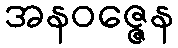
အနဝဇ္ဇေန